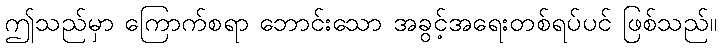
ဤသည်မှာ ကြောက်စရာ ဘောင်းသော အခွင့်အရေးတစ်ရပ်ပင် ဖြစ်သည်။